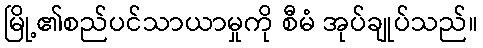
မြို့၏စည်ပင်သာယာမှုကို စီမံ အုပ်ချုပ်သည်။